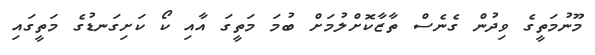
މޫނުމަތީގެ ވިދުން ގެނެސް ތާޒާކޮށްލުމަށް ބުމަ މަތީގަ އާއި ކޯ ކަށިގަނޑުގެ މަތީގައި